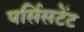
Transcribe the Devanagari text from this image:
पर्सिसटेंट